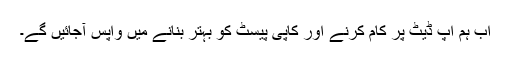
اب ہم اپ ڈیٹ پر کام کرنے اور کاپی پیسٹ کو بہتر بنانے میں واپس آجائیں گے۔